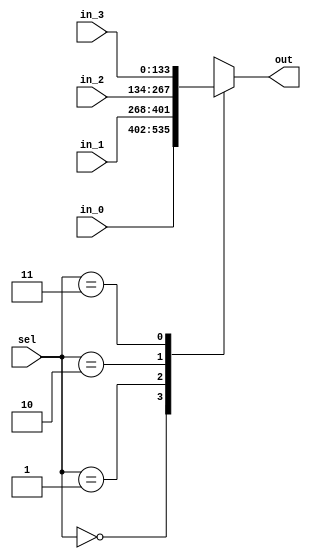
//==================================================================================================
//  Revision      : 
//  Company       : College of Information Science and Electronic Engineering, Zhejiang University
//
//  Description   : mux 4 to 1 to select game state
//
//
//==================================================================================================
module game_mux_4(sel,in_0,in_1,in_2,in_3,out);
	parameter N=134;
	input[N-1:0] in_0,in_1,in_2,in_3;
	input[1:0] sel;
	output[N-1:0] out;
	reg[N-1:0] temp;
	assign out=temp;
	always @(*) begin
		case(sel)
			0:temp=in_0;
			1:temp=in_1;
			2:temp=in_2;
			3:temp=in_3;
		endcase
	end 
endmodule